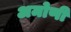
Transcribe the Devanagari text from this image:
अमोणी